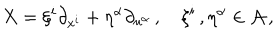
X = \xi ^ { i } \partial _ { x ^ { i } } + \eta ^ { \alpha } \partial _ { u ^ { \alpha } } \, , \quad \xi ^ { i } \, , \eta ^ { \alpha } \in \cal { A } \, ,